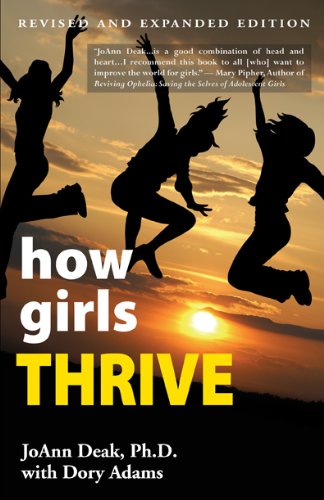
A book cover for how girls THRIVE; JoAnn Deak; Parenting & Relationships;